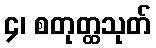
၄၊ စတုတ္ထသုတ်